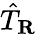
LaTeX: {\hat{T}}_{\mathbf{R}}